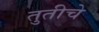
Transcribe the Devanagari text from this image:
तुतीचे